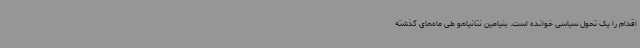
اقدام را یک تحول سیاسی خوانده است. بنیامین نتانیاهو طی ماه‌های گذشته